Lunatic asylums in Bengal annual reports 1888-1898 - 1888-1898
Year: 1888
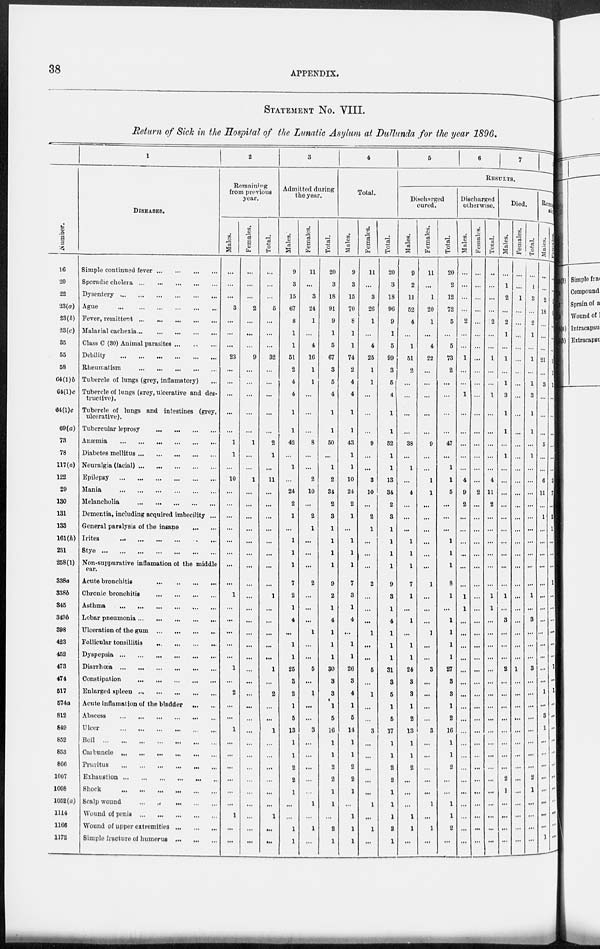
38
APPENDIX.
STATEMENT No. VIII.
Return of Sick in the Hospital of the Lunatic Asylum at Dullunda for the year 1896.
1
Number.
16
20
22
23(a)
23(b)
23(c)
35
55
58
64(1)b
64(1)c
64(1)c
69(a)
73
78
117(a)
122
29
130
131
133
161(h)
231
258(I)
338a
338b
345
349b
398
423
452
473
474
517
574a
812
849
852
853
866
1007
1008
1052(a)
1114
1166
1172
DISEASES.
Simple continued fever
...
...
...
...
Sporadic cholera
...
...
...
...
...
Dysentery
...
...
...
...
...
...
Ague
...
...
...
...
...
...
Fever, remittent ... ... ... ... ...
Malarial cachexia
...
...
...
...
...
Class C (30) Animal parasites ... ... ...
Debility
...
...
...
...
...
...
Rheumatism
...
...
...
...
...
Tubercle of lungs (grey, inflamatory) ...
Tubercle of lungs (grey, ulcerative and des-
tructive).
Tubercle of lungs and intestines (grey,
ulcerative).
Tubercular leprosy
...
...
...
...
Anæmia
...
...
...
...
...
...
Diabetes mellitus
...
...
...
...
...
Neuralgia (facial)
...
...
...
...
...
Epilepsy
...
...
...
...
...
...
Mania
...
...
...
...
...
...
Melancholia
...
...
...
...
...
Dementia, including acquired imbecility ...
General paralysis of the insane
...
...
Irites
...
...
...
...
...
...
Stye
...
...
...
...
...
...
...
Non-suppurative inflamation of the middle
ear.
Acute bronchitis
...
...
...
...
Chronic bronchitis
...
...
...
...
Asthma
...
...
...
...
...
...
Lobar pneumonia
...
...
...
...
...
Ulceration of the gum
...
...
...
...
Follicular tonsillitis ... ... ... ...
Dyspepsia
...
...
...
...
...
...
Diarrhœa ... ... ... ... ... ...
Constipation
...
...
...
...
...
Enlarged spleen
...
...
...
...
...
Acute inflamation of the bladder
...
...
Abscess ... ... ... ... ... ...
Ulcer
...
...
...
...
...
...
Boil
...
...
...
...
...
...
...
Carbuncle
...
...
...
...
...
...
Pruvitus
...
...
...
...
...
...
Exhaustion ... ... ... ... ... ...
Shock ... ... ... ... ... ...
Scalp wound
...
...
...
...
...
Wound of penis
...
...
...
...
...
Wound of upper extremities ... ... ...
Simple fracture of humerus
...
...
...
2
Remaining
from previous
year.
Males.
...
...
...
3
...
...
...
23
...
...
...
...
...
1
1
...
10
...
...
...
...
...
...
...
...
1
...
...
...
...
...
1
...
2
...
...
1
...
...
...
...
...
...
1
...
...
Females.
...
...
...
2
...
...
...
9
...
...
...
...
...
1
...
...
1
...
...
...
...
...
...
...
...
...
...
...
...
...
...
...
...
...
...
...
...
...
...
...
...
...
...
...
...
...
Total.
...
...
...
5
...
...
...
32
...
...
...
...
...
2
1
...
11
...
...
...
...
...
...
...
...
1
...
...
...
...
...
1
...
2
...
...
1
...
...
...
...
...
...
1
...
...
3
Admitted during
the year.
Males.
9
3
15
67
8
1
1
51
2
4
4
1
1
42
...
1
...
24
2
1
...
1
1
1
7
2
1
4
...
1
1
25
3
2
1
5
13
1
1
2
2
1
...
...
1
1
Females.
11
...
3
24
1
...
4
16
1
1
...
...
...
8
...
...
2
10
...
2
1
...
...
...
2
...
...
...
1
...
...
5
...
1
...
...
3
...
...
...
...
...
1
...
1
...
Total.
20
3
18
91
9
1
5
67
3
5
4
1
1
50
...
1
2
34
2
3
1
1
1
1
9
2
1
4
1
1
1
30
3
3
1
5
16
1
1
2
2
1
1
...
2
1
4
Total.
Males.
9
3
15
70
8
1
1
74
2
4
4
1
1
43
1
1
10
24
2
1
...
1
1
1
7
3
1
4
...
1
1
26
3
4
1
5
14
1
1
2
2
1
...
1
1
1
Females.
11
...
3
26
1
...
4
25
1
1
...
...
...
9
...
...
3
10
...
2
1
...
...
...
2
...
...
...
1
...
...
5
...
1
...
...
3
...
...
...
...
...
1
...
1
...
Total.
20
3
18
96
9
1
5
99
3
5
4
1
1
52
1
1
13
34
2
3
1
1
1
1
9
3
1
4
1
1
1
31
3
5
1
5
17
1
1
2
2
1
1
1
2
1
5
6
7
8
RESULTS.
Discharged
cured.
Males.
9
2
11
52
4
...
1
51
2
...
...
...
...
38
...
1
...
4
...
...
...
1
1
1
7
1
...
1
...
1
1
24
3
3
1
2
13
1
1
2
...
...
...
1
1
...
Females.
11
...
1
20
1
...
4
22
...
...
...
...
...
9
...
...
1
1
...
...
...
...
...
...
1
...
...
...
1
...
...
3
...
...
...
...
3
...
...
...
...
...
1
...
1
...
Total.
20
2
12
72
5
...
5
73
2
...
...
...
...
47
...
1
1
5
...
...
...
1
1
1
8
1
...
1
1
1
1
27
3
3
1
2
16
1
1
2
...
...
1
1
2
...
Discharged
otherwise.
Males.
...
...
...
...
2
...
...
1
...
...
1
...
...
...
...
...
4
9
2
...
...
...
...
...
...
1
1
...
...
...
...
...
...
...
...
...
...
...
...
...
...
...
...
...
...
...
Females.
...
...
...
...
...
...
...
...
...
...
...
...
...
...
...
...
...
2
...
...
...
...
...
...
...
...
...
...
...
...
...
...
...
...
...
...
...
...
...
...
...
...
...
...
...
...
Total.
...
...
...
...
2
...
...
1
...
...
1
...
...
...
...
...
4
11
2
...
...
...
...
...
...
1
1
...
...
...
...
...
...
...
...
...
...
...
...
...
...
...
...
...
...
...
Died.
Males.
...
1
2
...
2
1
...
1
...
1
3
1
1
...
1
...
...
...
...
...
...
...
...
...
...
1
...
3
...
...
...
2
...
...
...
...
...
...
...
...
2
1
...
...
...
...
Females.
...
...
1
...
...
...
...
...
...
...
...
...
...
...
...
...
...
...
...
...
...
...
...
...
...
...
...
...
...
...
...
1
...
...
...
...
...
...
...
...
...
...
...
...
...
...
Total.
...
1
3
...
2
1
...
1
...
1
3
1
1
...
1
...
...
...
...
...
...
...
...
...
...
1
...
3
...
...
...
3
...
...
...
...
......
......
...
......
2
1
...
...
...
...
Remaining
sick
Males.
...
...
2
18
...
...
...
21
...
3
...
...
...
5
...
...
6
11
...
1
...
...
...
...
...
...
...
...
...
...
...
...
...
1
...
3
1
...
...
... ...
...
...
...
...
...
1
Females
...
...
...
...
...
...
...
...
1
1
...
...
...
...
...
...
2
1
...
2
1
...
...
...
1
...
...
...
...
...
...
1
...
1
...
...
...
...
...
...
...
...
...
...
... ...